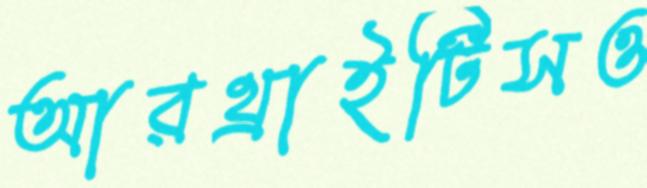
আরথ্রাইটিসও